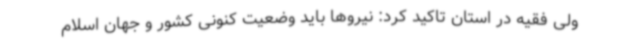
ولی فقیه در استان تاکید کرد: نیروها باید وضعیت کنونی کشور و جهان اسلام